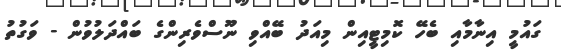
ގައުމީ އިނާމާއި ބެހޭ ކޮމިޓީއިން މިއަދު ބޭއްވި ނޫސްވެރިންގެ ބައްދަލުވުން - ވަގުތު